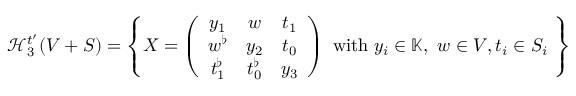
\mathscr { H } _ { 3 } ^ { t ^ { \prime } } ( V + S ) = \left\{ X = \left( \begin{array} { c c c } { y _ { 1 } } & { w } & { t _ { 1 } } \\ { w ^ { \flat } } & { y _ { 2 } } & { t _ { 0 } } \\ { t _ { 1 } ^ { \flat } } & { t _ { 0 } ^ { \flat } } & { y _ { 3 } } \end{array} \right) \ \mathrm { w i t h } \ y _ { i } \in \mathbb { K } , \ w \in V , t _ { i } \in S _ { i } \ \right\}